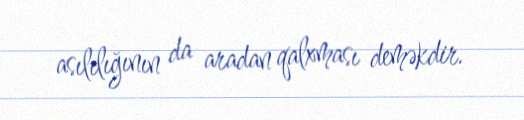
asılılığının da aradan qalxması deməkdir.